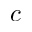
c